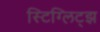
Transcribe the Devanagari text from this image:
स्टिग्लिट्झ